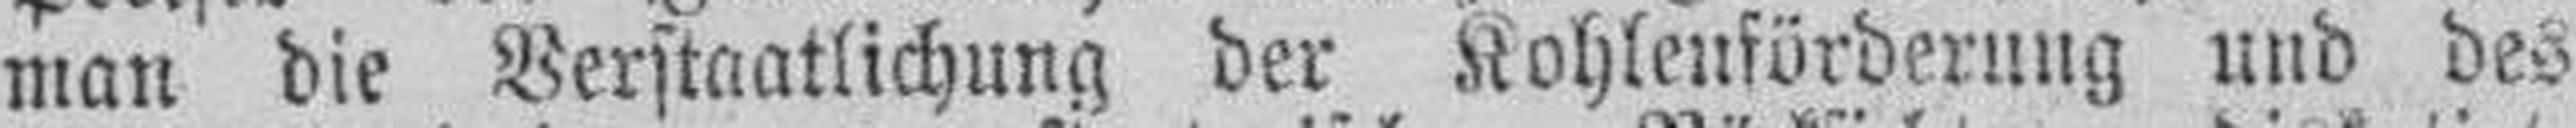
man die Verstaatlichung der Kohlenförderung und des